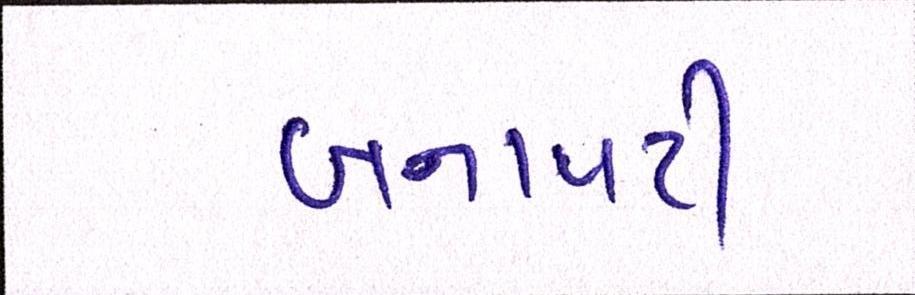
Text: બનાવટી